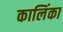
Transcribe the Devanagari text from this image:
कालिंका